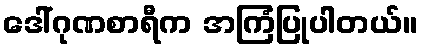
ဒေါ်ဂုဏစာရီက အကြံပြုပါတယ်။